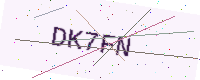
Text: DK7FN